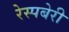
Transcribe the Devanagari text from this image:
रेस्पबेरी